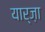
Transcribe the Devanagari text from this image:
यार्ज़ा